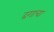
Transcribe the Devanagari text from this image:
ढगाचा